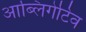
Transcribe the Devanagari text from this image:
आब्लिगेटिव